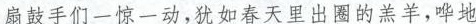
扇鼓手们一惊一动，犹如春天里出圈的羔羊，哗然